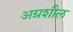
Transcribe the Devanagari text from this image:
अग्रशील